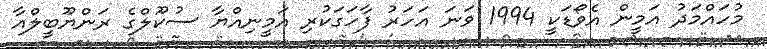
މުހައްމަދު އަމީން އެވޯޑަކީ 1994 ވަނަ އަހަރު ފާހަގަކުރި އަމީނިއްޔާ ސުކޫލްގެ ރަންޔޫބީލްއާ